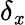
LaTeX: \delta_{\mathit{x}}